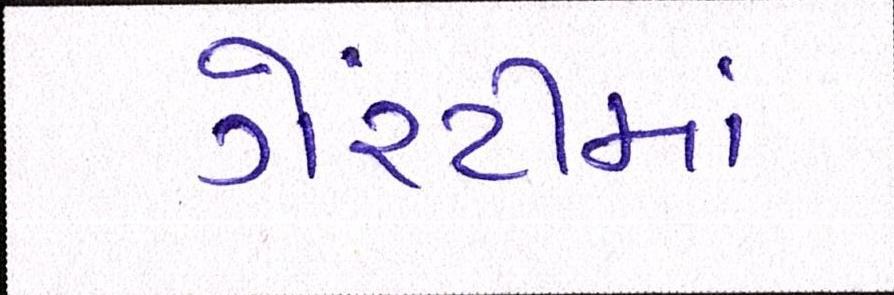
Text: ગેરંટીમાં